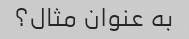
به عنوان مثال؟